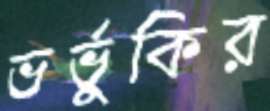
ভর্ভুকির